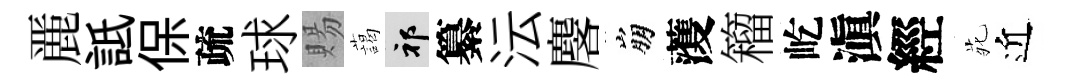
䴡詆保疏球賜藹祁纂沄麐崩𮑮籕屹滇經𫟍近